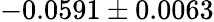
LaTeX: -0.0591\pm 0.0063